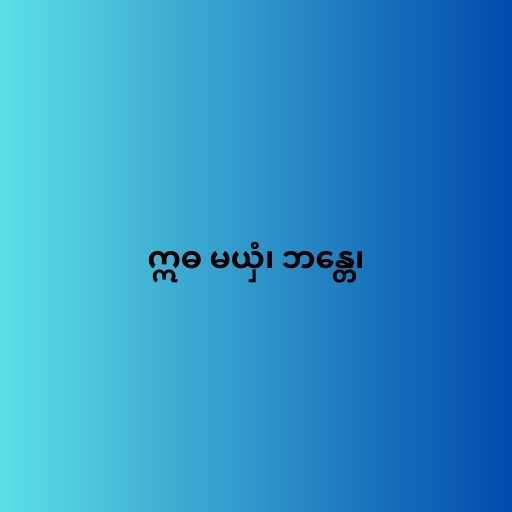
ဣဓ မယှံ၊ ဘန္တေ၊